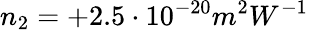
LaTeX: n_{2}=+2.5\cdot 10^{-20}m^{2}W^{-1}